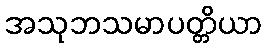
အသုဘသမာပတ္တိယာ